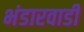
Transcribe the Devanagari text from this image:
भंडारवाडी